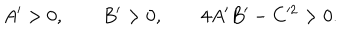
A ^ { \prime } > 0 , \qquad B ^ { \prime } > 0 , \qquad 4 A ^ { \prime } B ^ { \prime } - C ^ { 2 } > 0 .